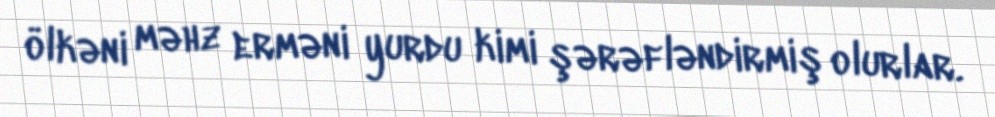
ölkəni məhz erməni yurdu kimi şərəfləndirmiş olurlar.